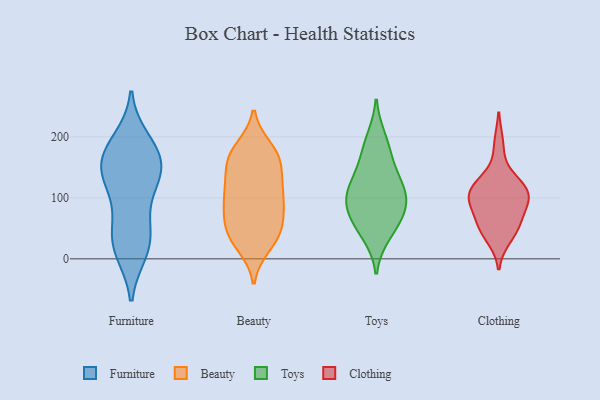
{"axis": {"x": "Satisfaction Score", "y": "Value"}, "legend": ["Beauty", "Clothing", "Furniture", "Toys"], "data": [{"x": "", "y": 160, "type": "Furniture"}, {"x": "", "y": 193, "type": "Furniture"}, {"x": "", "y": 119, "type": "Furniture"}, {"x": "", "y": 17, "type": "Furniture"}, {"x": "", "y": 48, "type": "Furniture"}, {"x": "", "y": 156, "type": "Furniture"}, {"x": "", "y": 147, "type": "Furniture"}, {"x": "", "y": 135, "type": "Furniture"}, {"x": "", "y": 118, "type": "Furniture"}, {"x": "", "y": 177, "type": "Furniture"}, {"x": "", "y": 24, "type": "Furniture"}, {"x": "", "y": 13, "type": "Furniture"}, {"x": "", "y": 177, "type": "Furniture"}, {"x": "", "y": 56, "type": "Furniture"}, {"x": "", "y": 65, "type": "Beauty"}, {"x": "", "y": 69, "type": "Beauty"}, {"x": "", "y": 115, "type": "Beauty"}, {"x": "", "y": 34, "type": "Beauty"}, {"x": "", "y": 129, "type": "Beauty"}, {"x": "", "y": 52, "type": "Beauty"}, {"x": "", "y": 171, "type": "Beauty"}, {"x": "", "y": 143, "type": "Beauty"}, {"x": "", "y": 37, "type": "Beauty"}, {"x": "", "y": 88, "type": "Beauty"}, {"x": "", "y": 167, "type": "Beauty"}, {"x": "", "y": 171, "type": "Beauty"}, {"x": "", "y": 36, "type": "Beauty"}, {"x": "", "y": 94, "type": "Beauty"}, {"x": "", "y": 180, "type": "Beauty"}, {"x": "", "y": 99, "type": "Beauty"}, {"x": "", "y": 112, "type": "Beauty"}, {"x": "", "y": 163, "type": "Beauty"}, {"x": "", "y": 22, "type": "Beauty"}, {"x": "", "y": 198, "type": "Toys"}, {"x": "", "y": 178, "type": "Toys"}, {"x": "", "y": 72, "type": "Toys"}, {"x": "", "y": 116, "type": "Toys"}, {"x": "", "y": 77, "type": "Toys"}, {"x": "", "y": 130, "type": "Toys"}, {"x": "", "y": 50, "type": "Toys"}, {"x": "", "y": 101, "type": "Toys"}, {"x": "", "y": 89, "type": "Toys"}, {"x": "", "y": 39, "type": "Toys"}, {"x": "", "y": 107, "type": "Toys"}, {"x": "", "y": 151, "type": "Toys"}, {"x": "", "y": 104, "type": "Clothing"}, {"x": "", "y": 118, "type": "Clothing"}, {"x": "", "y": 56, "type": "Clothing"}, {"x": "", "y": 132, "type": "Clothing"}, {"x": "", "y": 49, "type": "Clothing"}, {"x": "", "y": 101, "type": "Clothing"}, {"x": "", "y": 116, "type": "Clothing"}, {"x": "", "y": 55, "type": "Clothing"}, {"x": "", "y": 188, "type": "Clothing"}, {"x": "", "y": 100, "type": "Clothing"}, {"x": "", "y": 35, "type": "Clothing"}, {"x": "", "y": 100, "type": "Clothing"}, {"x": "", "y": 81, "type": "Clothing"}]}